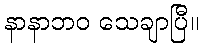
နာနာဘဝ သေချာပြီ။